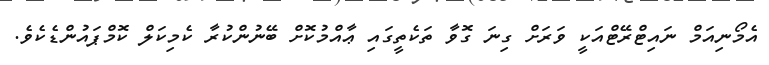
އެމޯނިއަމް ނައިޓްރޭޓްއަކީ ވަރަށް ގިނަ ގޮވާ ތަކެތީގައި ޢާއްމުކޮށް ބޭނުންކުރާ ކެމިކަލް ކޮމްޕައުންޑެކެވެ.